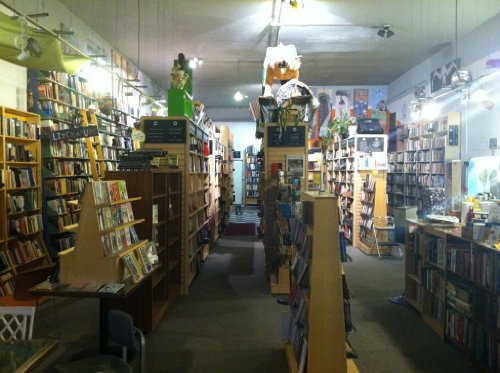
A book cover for Cases and Materials on Remedies (American Casebook Series); Kenneth H. York; Law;